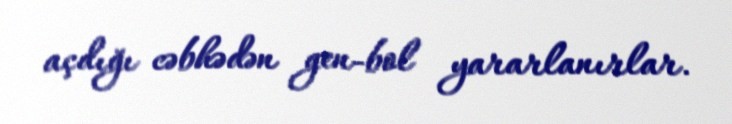
açdığı cəbhədən gen-bol yararlanırlar.